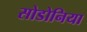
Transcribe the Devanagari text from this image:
सोडोनिया